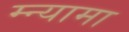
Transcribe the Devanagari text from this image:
म्न्यामा